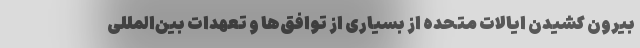
بیرون کشیدن ایالات متحده از بسیاری از توافق‌ها و تعهدات بین‌المللی